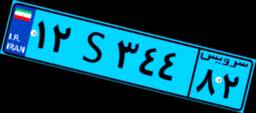
۶۵S۰۳۹۹۲